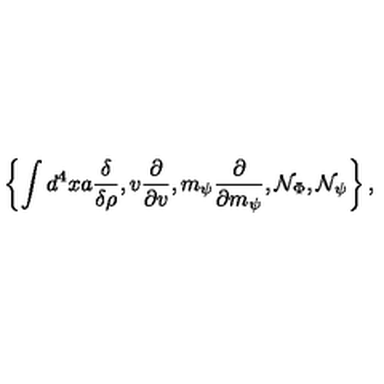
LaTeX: \left\{ \int d ^ { 4 } x a \frac \delta { \delta \rho } , v \frac \partial { \partial v } , m _ { \psi } \frac \partial { \partial m _ { \psi } } , { \cal N } _ { \Phi } , { \cal N } _ { \psi } \right\} ,